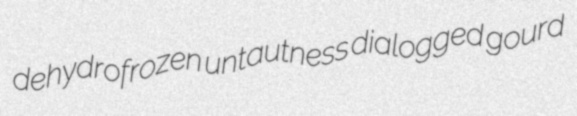
dehydrofrozen untautness dialogged gourd